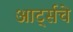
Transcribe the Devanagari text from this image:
आर्ट्सचे